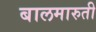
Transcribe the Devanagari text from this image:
बालमारुती